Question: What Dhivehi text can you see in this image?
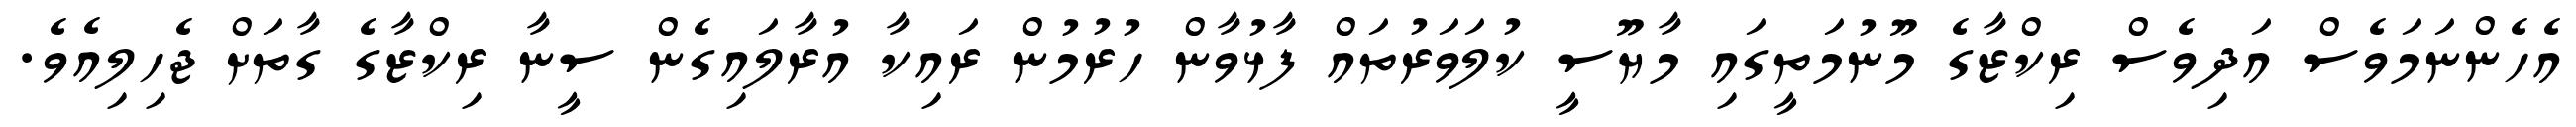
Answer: އެހެންނަމަވެސް އަދިވެސް ރިކްޒާގެ މޫނުމަތީގައި މާޔޫސީ ކުލަވަރުތައް ފާޅުވާން ހުރުމުން ރައިކާ އުރާލައިގެން ސީނާ ރިކްޒާގެ ގާތަށް ޖެހިލިއެވެ.